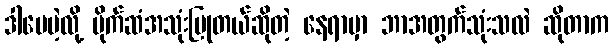
ဒါပေမဲ့လို့ ပိုက်ဆံအသုံးပြုတယ်ဆိုတဲ့ နေရာမှာ ဘာအတွက်သုံးသလဲ ဆိုတာက